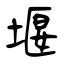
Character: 堰